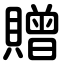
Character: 贈